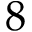
8